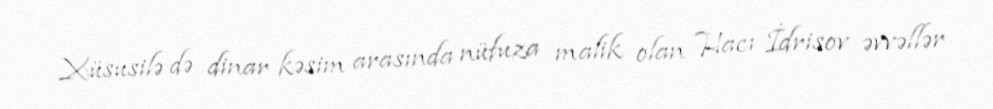
Xüsusilə də dinar kəsim arasında nüfuza malik olan Hacı İdrisov əvvəllər